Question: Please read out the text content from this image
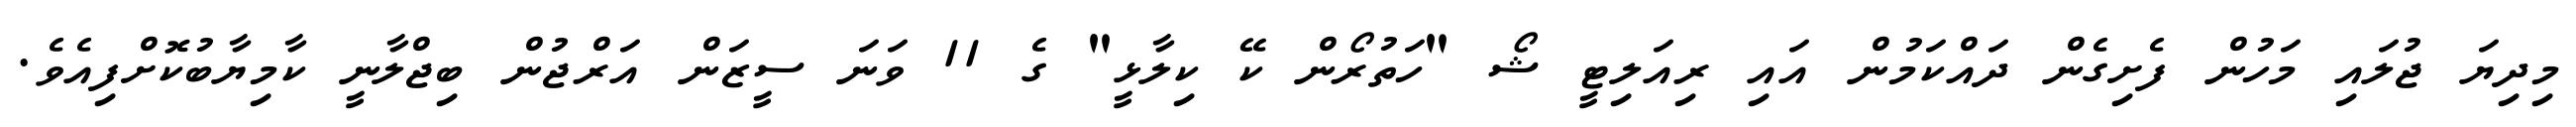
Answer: މިދިޔަ ޖުލައި މަހުން ފެށިގެން ދައްކަމުން އައި ރިއަލިޓީ ޝޯ "ހަތުރޯން ކޭ ކިލާޅީ" ގެ 11 ވަނަ ސީޒަން އަރްޖުން ބިޖްލާނީ ކާމިޔާބުކޮށްފިއެވެ.